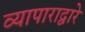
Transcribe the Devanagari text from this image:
व्यापाराद्वारे